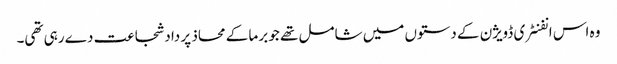
وہ اس انفنٹری ڈویژن کے دستوں میں شامل تھے جو برما کے محاذ پر داد شجاعت دے رہی تھی۔